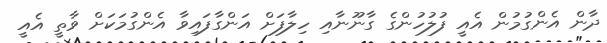
ދާން އެންގުމުން އެއީ ފުލުހުންގެ ގާނޫނާއި ހިލާފަށް އަންގާފައިވާ އެންގުމަކަަށް ވާތީ އެއީ